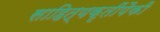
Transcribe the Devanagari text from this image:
साहित्यकृतींपैकी